Report on vaccination in Madras 1922-1929 - 1922-1929
Year: 1922
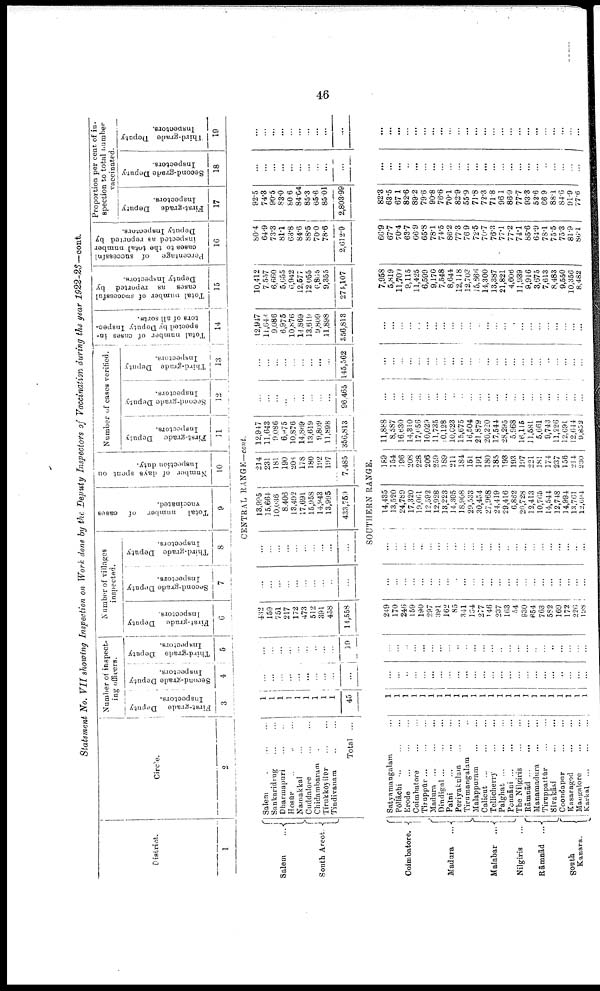
46
Statement No. VII showing Inspection on Work done by the Deputy Inspectors of Vaccination during the year
1922-23—cont.
District.
1
Circle.
2
Number of inspect
ing officers.
First-grade Deputy
Inspectors.
3
Second-grade Deputy
Inspectors.
4
Third-grade Deputy
Inspectors.
5
Number of villages
inspected.
First-grade Deputy
Inspectors.
6
Second-grade Deputy
Inspectors.
7
Third-grade Deputy
Inspectors.
8
Total
number
of cases
vaccinated.
9
Number of days spent on
Inspection duty.
10
Number of cases verified.
First-grade Deputy
11
Second-grade Deputy
Inspectors.
12
Third-grade Deputy
Inspectors.
13
Total number of cases in-
spected by Deputy Inspec-
tors of all sorts.
14
Total number of successful
cases as reported by
Deputy Inspectors.
15
Percentage
of successful
cases to the total number
inspected as reported by
Deputy Inspectors.
16
Proportion per cent of in
spection to total number
vaccinated.
First-grade Deputy
Inspectors.
17
Second-grade Deputy
Inspectors.
18
Third-grade Deputy
Inspectors.
19
CENTRAL RANGE—cont.
Salem
...
South Arcot.
Salem ... ...
Sankaridrug ... ...
Dharmapuri
...
...
Hosūr ... ... ...
Namakkal ... ...
Cuddalore
...
...
Chidambaram ...
Tirukkōyilūr
...
...
Tindivanam ... ...
Total ...
1
1
1
1
1
1
1
1
1
45
...
...
...
...
...
...
...
...
...
...
...
...
...
...
...
...
...
...
...
19
432
159
751
217
172
473
512
391
458
14,558
...
...
...
...
...
...
...
...
...
...
...
...
...
...
...
...
...
...
...
...
13,995
15,664
10,036
8,406
13,492
17,691
15,958
14,943
13,995
433,759
214
231
181
190
208
178
180
192
197
7,485
12,947
11,643
9,086
6,075
10,876
14,869
13,619
9,809
11,898
356,813
...
...
...
...
...
...
...
...
...
96,465
...
...
...
...
...
...
...
...
...
145,562
12,947
11,640
9,086
6,975
10,876
14,869
13,619
9,809
11,898
356,813
10,412
7,557
6,660
5,655
6,942
12,577
12,055
6,865
9,355
271,107
80.4
64.9
73.3
81.1
63.8
84.6
88.5
70.0
78.6
2,612.9
92.5
74.3
90.5
83.0
80.6
84.04
85.3
65.6
85.01
2,808.99
...
...
...
...
...
...
...
...
...
...
...
...
...
...
...
...
...
...
...
...
SOUTHERN RANGE.
Coimbatore.
Madura
...
Malabar ...
Nilgiris ...
Rāmnād
...
South
Kanara.
Satyamangalam ...
Pōllāchi
...
...
...
Erode
...
...
...
Coimbatore ... ...
Tiruppūr
...
...
...
Madura ... ... ...
Dindigul ... ... ...
Palni
...
...
...
Periyakulam
...
...
Tirumangalam ... ...
Malappuram
...
...
Calicut ... ... ...
Tellicherry...
...
Palghat
...
...
...
Ponnāni ... ... ...
The Nilgiris
...
...
Rāmnād
...
...
...
Manamadura...
...
Tiruppattūr
...
...
Sivakāsi ... ...
Coondapur... ...
Kasaragod ... ...
Mangalore ... ...
Karkal ... ... ...
1
1
1
1
1
1
1
1
1
1
1
1
1
1
1
1
1
1
1
1
1
1
1
1
...
...
...
...
...
...
...
...
...
...
...
...
...
...
...
...
...
...
...
...
...
...
...
...
...
...
...
...
...
...
...
...
...
...
...
...
...
...
...
...
...
...
...
...
...
...
...
...
249
170
246
159
190
297
391
162
85
341
134
277
146
237
163
54
930
654
763
582
169
172
226
198
...
...
...
...
...
...
...
...
...
...
...
...
...
...
...
...
...
...
...
...
...
...
...
...
...
...
...
...
...
...
...
...
...
...
...
...
...
...
...
...
...
...
...
...
...
...
...
...
14,435
13,520
24,789
17,320
19,061
12,592
12,928
13,223
14,305
18,908
29,533
30,454
27,968
24,419
29,416
6,882
20,728
12,413
10,765
14,544
12,748
14,994
13,761
12,694
189
154
196
208
228
206
259
189
211
184
151
191
180
185
193
193
197
221
181
174
237
156
214
230
11,888
8,587
16,630
14,310
17,056
10,029
11,735
10,128
10,023
15,675
16,504
21,879
20,220
17,544
28,295
5,968
16,115
11,581
5,661
9,743
11,226
12,691
12,644
9,852
...
...
...
...
...
...
...
...
...
...
...
...
...
...
...
...
...
...
...
...
...
...
...
...
...
...
...
...
...
...
...
...
...
...
...
...
...
...
...
...
...
...
...
...
...
...
...
...
...
...
...
...
...
...
...
...
...
...
...
...
...
...
...
...
...
...
...
...
...
...
...
...
7,958
5,819
11,700
9,115
11,425
6,599
9,170
7,548
8,644
12,118
12,703
15,366
14,300
13,387
21,821
4,606
11,939
9,916
3,675
7,613
8,483
9,550
10,356
8,482
66.9
67.7
70.4
63.7
66.9
65.8
78.1
74.5
86.2
77.3
76.9
72.5
70.7
76.3
77.1
77.2
74.1
85.6
64.9
78.1
75.5
75.3
81.9
86.1
82.3
63.5
67.1
82.6
89.2
79.6
90.8
76.6
70.1
82.9
55.9
71.8
72.3
71.8
96.1
86.9
77.7
93.3
52.6
66.9
88.1
84.6
91.9
77.6
...
...
...
...
...
...
...
...
...
...
...
...
...
...
...
...
...
...
...
...
...
...
...
...
...
...
...
...
...
...
...
...
...
...
...
...
...
...
...
...
...
...
...
...
...
...
...
...